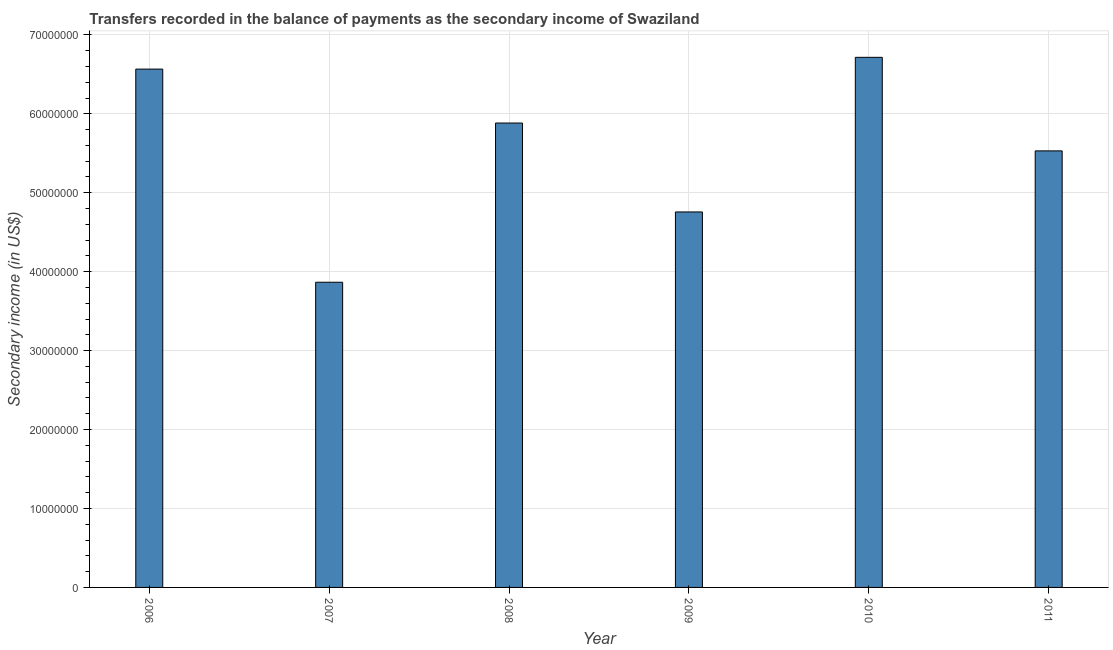
| Year | Secondary income |
 | --- | --- |
 | 2006 | 6.57e+07 |
 | 2007 | 3.87e+07 |
 | 2008 | 5.88e+07 |
 | 2009 | 4.76e+07 |
 | 2010 | 6.72e+07 |
 | 2011 | 5.53e+07 |